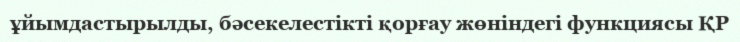
ұйымдастырылды, бәсекелестікті қорғау жөніндегі функциясы ҚР